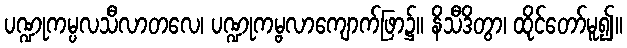
ပဏ္ဍုကမ္ပလသီလာတလေ၊ ပဏ္ဍုကမ္ဗလာကျောက်ဖြာ၌။ နိသီဒိတွာ၊ ထိုင်တော်မူ၍။